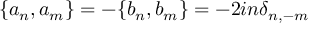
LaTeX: \{ a _ { n } , a _ { m } \} = - \{ b _ { n } , b _ { m } \} = - 2 i n { \delta } _ { n , - m }